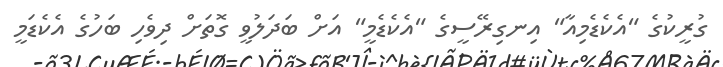
ގުރީކުގެ "އެކެޑެމިއާ" އިނގިރޭސީގެ "އެކެޑެމީ" އަށް ބަދަލުވީ ގޮތަށް ދިވެހި ބަހުގެ އެކެޑަމީ